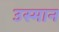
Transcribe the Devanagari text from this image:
उस्‍मान